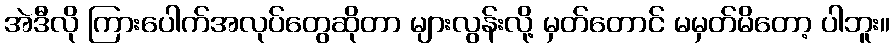
အဲဒီလို ကြားပေါက်အလုပ်တွေဆိုတာ များလွန်းလို့ မှတ်တောင် မမှတ်မိတော့ ပါဘူး။